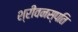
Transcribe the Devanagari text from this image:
श्रीवनस्पति